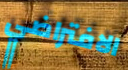
الافتراضي